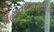
મહાનગરપાલીકા